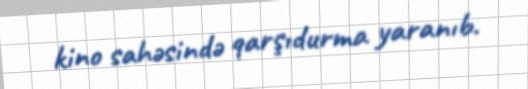
kino sahəsində qarşıdurma yaranıb.